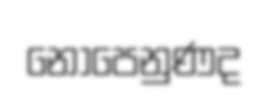
නොපෙනුණද